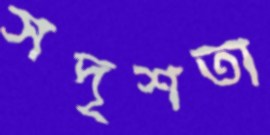
সদৃশতা